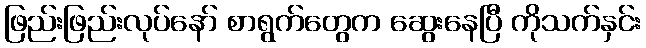
ဖြည်းဖြည်းလုပ်နော် စာရွက်တွေက ဆွေးနေပြီ ကိုသက်နှင်း